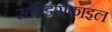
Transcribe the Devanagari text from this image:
साइडरोफाइल